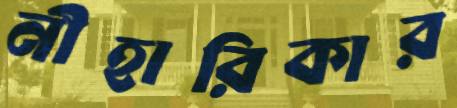
নীহারিকার